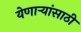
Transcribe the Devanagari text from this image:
येणार्‍यांसाठी